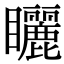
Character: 矖